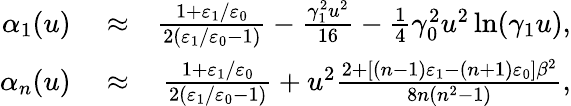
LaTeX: \begin{array}{rlr}{\alpha_{1}(u)}&{{}\approx}&{\frac{1+\varepsilon_{1}/\varepsilon_{0}}{2\left(\varepsilon_{1}/\varepsilon_{0}-1\right)}-\frac{\gamma_{1}^{2}u^{2}}{16}-\frac{1}{4}\gamma_{0}^{2}u^{2}\ln(\gamma_{1}u),}\\ {\alpha_{n}(u)}&{{}\approx}&{\frac{1+\varepsilon_{1}/\varepsilon_{0}}{2\left(\varepsilon_{1}/\varepsilon_{0}-1\right)}+u^{2}\frac{2+\left[\left(n-1\right)\varepsilon_{1}-\left(n+1\right)\varepsilon_{0}\right]\beta^{2}}{8n\left(n^{2}-1\right)},}\end{array}